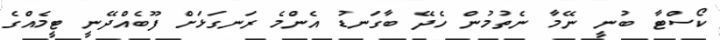
ކޯސްޓާ ބުނީ ނޭމާ ނެތުމުން ހެދޭ ބާގަނޑު އެންމެ ރަނގަޅަށް ފޫބެއްދޭނީ ޓީމެއްގެ